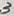
Text: 3